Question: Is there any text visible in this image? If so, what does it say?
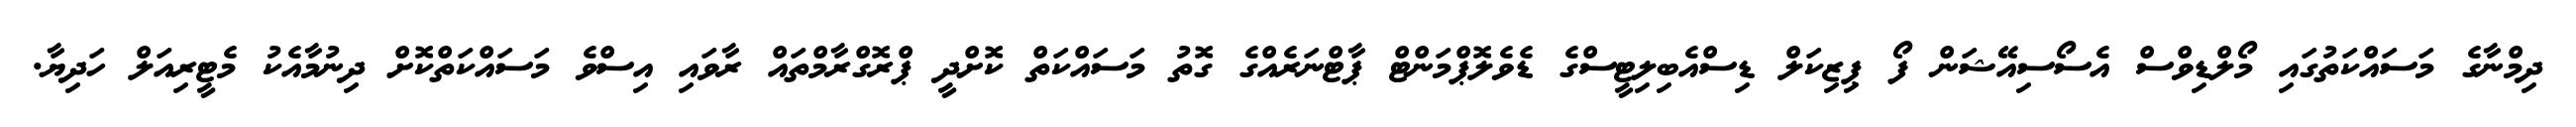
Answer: ދިމްނާގެ މަސައްކަތުގައި މޯލްޑިވްސް އެސޯސިއޭޝަން ފޯ ޕިޒިކަލް ޑިސްއެބިލިޓީސްގެ ޑެވެލޮޕްމަންޓް ޕާޓްނަރެއްގެ ގޮތު މަސައްކަތް ކޮށްދީ ޕްރޮގްރާމްތައް ރާވައި އިސްވެ މަސައްކަތްކޮށް ދިނުމާއެކު މެޓީރިއަލް ހަދިޔާ.